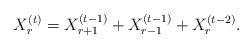
LaTeX: \begin{align*}X_r^{(t)}=X_{r+1}^{(t-1)}+X_{r-1}^{(t-1)}+X_r^{(t-2)}.\end{align*}